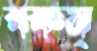
বকম্